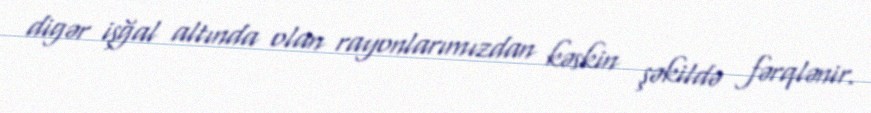
digər işğal altında olan rayonlarımızdan kəskin şəkildə fərqlənir.